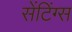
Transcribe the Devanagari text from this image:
सेंटिंग्स